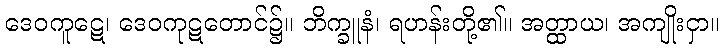
ဒေဝကူဋေ၊ ဒေဝကုဋတောင်၌။ ဘိက္ခူနံ၊ ရဟန်းတို့၏။ အတ္ထာယ၊ အကျိုးငှာ။